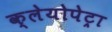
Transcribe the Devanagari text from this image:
क्लेयोपेट्रा